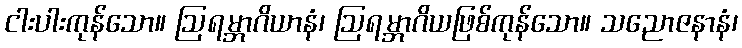
ငါးပါးကုန်သော။ ဩရမ္ဘာဂိယာနံ၊ ဩရမ္ဘာဂိယဖြစ်ကုန်သော။ သညောဇနာနံ၊